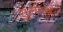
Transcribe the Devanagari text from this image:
सुल्फथ